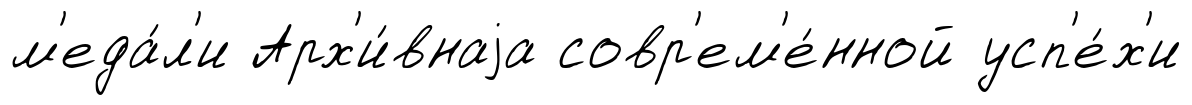
м'еда́л'и Арх'и́внаjа совр'ем'е́нной усп'е́х'и